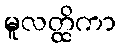
မူလတ္ထိကာ